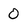
Character: 0